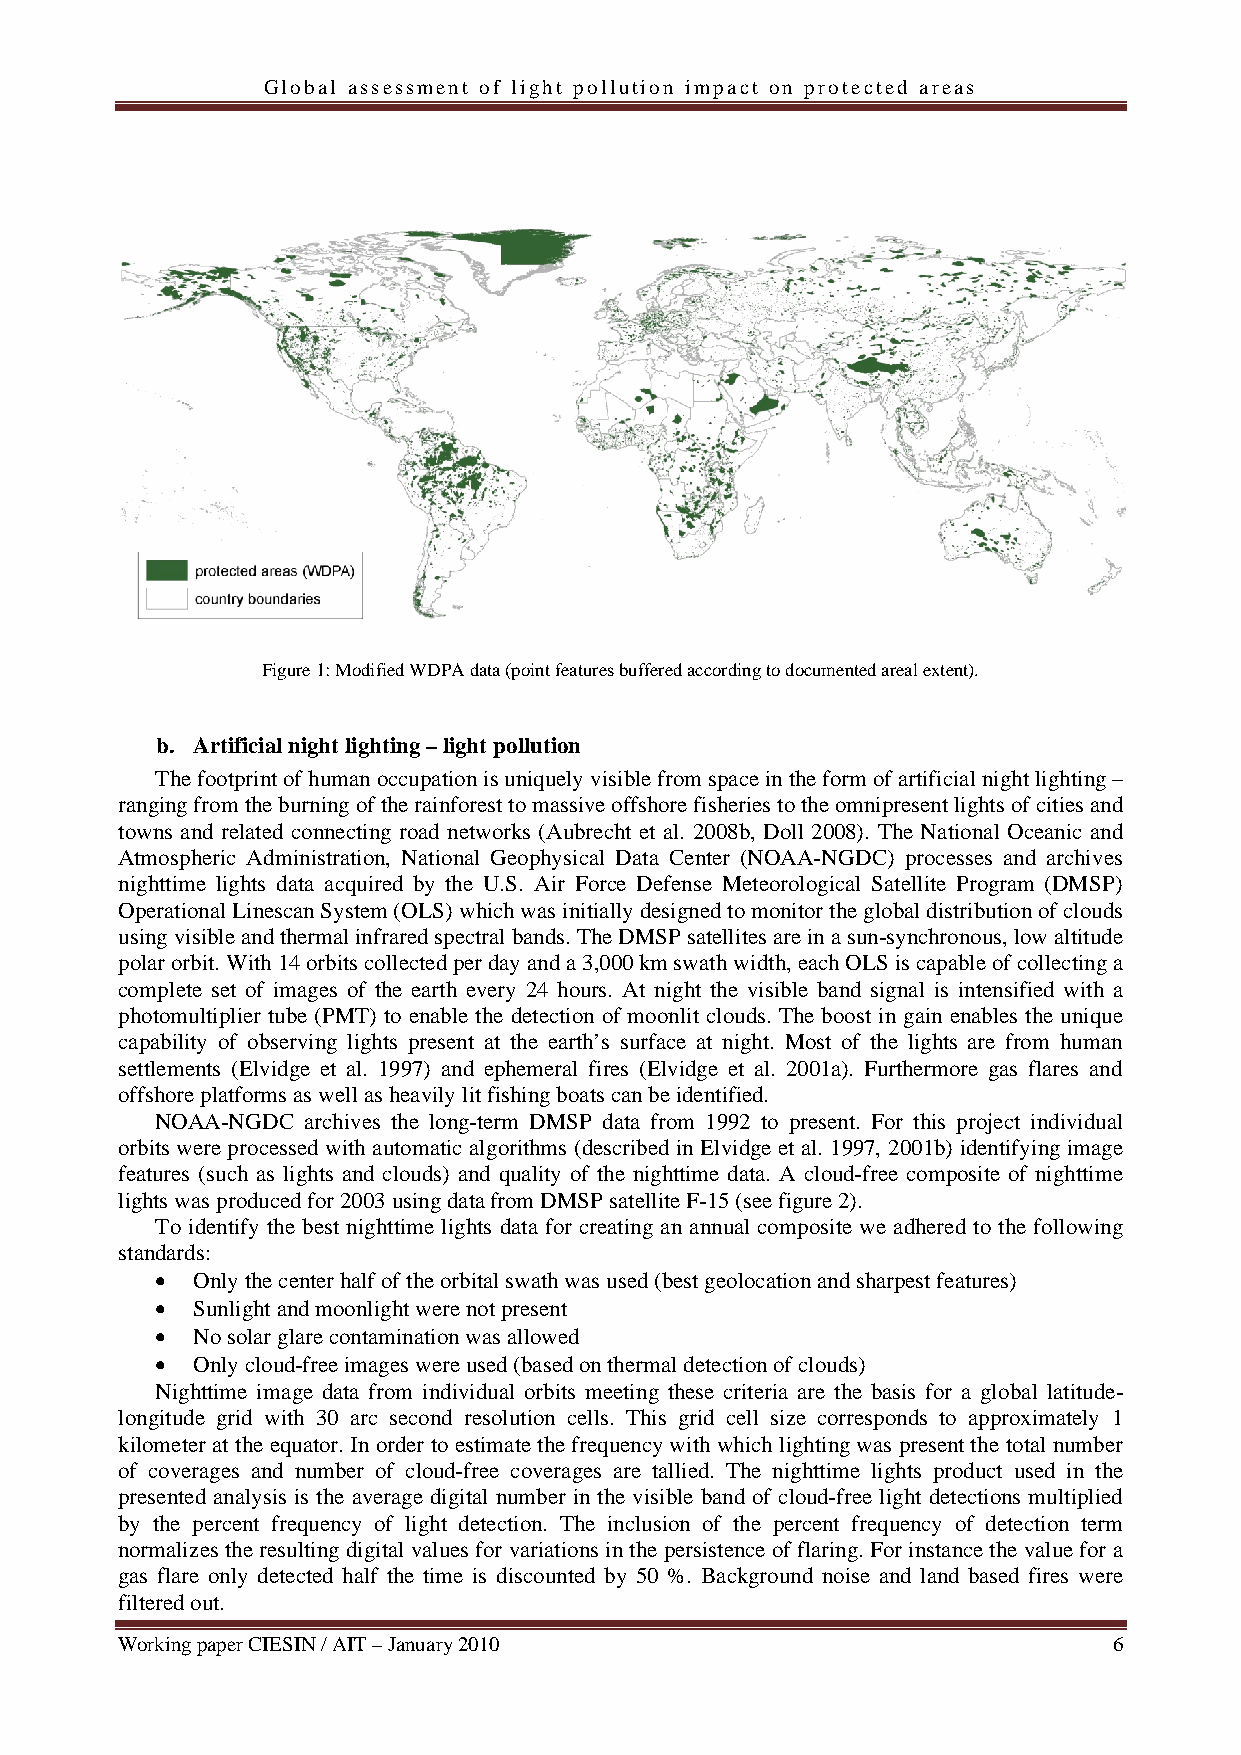
Global assessment of light pollution impact on protected areas
 Figure 1: Modified WDPA data (point features buffered according to documented areal extent).
 b. Artificial night lighting – light pollution
 The footprint of human occupation is uniquely visible from space in the form of artificial night lighting –
 ranging from the burning of the rainforest to massive offshore fisheries to the omnipresent lights of cities and
 towns and related connecting road networks (Aubrecht et al. 2008b, Doll 2008). The National Oceanic and
 Atmospheric Administration, National Geophysical Data Center (NOAA-NGDC) processes and archives
 nighttime lights data acquired by the U.S. Air Force Defense Meteorological Satellite Program (DMSP)
 Operational Linescan System (OLS) which was initially designed to monitor the global distribution of clouds
 using visible and thermal infrared spectral bands. The DMSP satellites are in a sun-synchronous, low altitude
 polar orbit. With 14 orbits collected per day and a 3,000 km swath width, each OLS is capable of collecting a
 complete set of images of the earth every 24 hours. At night the visible band signal is intensified with a
 photomultiplier tube (PMT) to enable the detection of moonlit clouds. The boost in gain enables the unique
 capability of observing lights present at the earth’s surface at night. Most of the lights are from human
 settlements (Elvidge et al. 1997) and ephemeral fires (Elvidge et al. 2001a). Furthermore gas flares and
 offshore platforms as well as heavily lit fishing boats can be identified.
 NOAA-NGDC archives the long-term DMSP data from 1992 to present. For this project individual
 orbits were processed with automatic algorithms (described in Elvidge et al. 1997, 2001b) identifying image
 features (such as lights and clouds) and quality of the nighttime data. A cloud-free composite of nighttime
 lights was produced for 2003 using data from DMSP satellite F-15 (see figure 2).
 To identify the best nighttime lights data for creating an annual composite we adhered to the following
 standards:
 •  Only the center half of the orbital swath was used (best geolocation and sharpest features)
 •  Sunlight and moonlight were not present
 •  No solar glare contamination was allowed
 •  Only cloud-free images were used (based on thermal detection of clouds)
 Nighttime image data from individual orbits meeting these criteria are the basis for a global latitude-
 longitude grid with 30 arc second resolution cells. This grid cell size corresponds to approximately 1
 kilometer at the equator. In order to estimate the frequency with which lighting was present the total number
 of coverages and number of cloud-free coverages are tallied. The nighttime lights product used in the
 presented analysis is the average digital number in the visible band of cloud-free light detections multiplied
 by the percent frequency of light detection. The inclusion of the percent frequency of detection term
 normalizes the resulting digital values for variations in the persistence of flaring. For instance the value for a
 gas flare only detected half the time is discounted by 50 %. Background noise and land based fires were
 filtered out.
 Working paper CIESIN / AIT – January 2010                         6